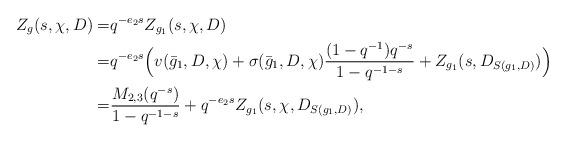
LaTeX: \begin{align*}Z_g(s, \chi, D)=&q^{-e_2s}Z_{g_1}(s, \chi, D)\\=&q^{-e_2s}\Big(v(\bar{g}_1, D, \chi)+\sigma(\bar{g}_1, D, \chi)\dfrac{(1-q^{-1})q^{-s}}{1-q^{-1-s}}+Z_{g_1}(s, D_{S(g_1, D)})\Big)\\=&\dfrac{M_{2, 3}(q^{-s})}{1-q^{-1-s}}+q^{-e_2s}Z_{g_1}(s, \chi, D_{S(g_1, D)}),\end{align*}